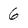
Character: 6